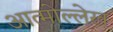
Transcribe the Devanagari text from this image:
आत्मोल्लेख